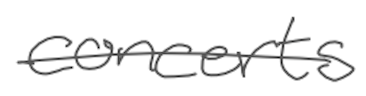
Text: concerts
Cross-out: single-line
Writing tool: digital_gray